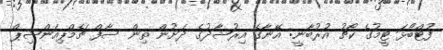
ފުޓްބޯޅަ ޓީމުގެ ކޯޗު އުރުބާނީ: އޭނާގެ އިރުޝާދުގެ ދަށުން ތިން ސާފް ޗެމްޕިއަންޝިޕް